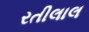
રતીલાલ